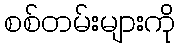
စစ်တမ်းများကို